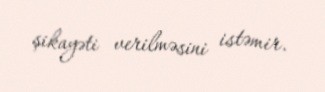
şikayəti verilməsini istəmir.